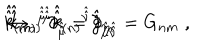
LaTeX: \hat { \hat { k } } _ { ( m ) } { } ^ { \hat { \hat { \mu } } } \partial _ { \hat { \hat { \mu } } } = \partial _ { m } \hspace { . 5 c m } \rightarrow \hspace { . 5 c m } \hat { \hat { k } } _ { ( m ) } { } ^ { \hat { \hat { \mu } } } \hat { \hat { k } } _ { ( n ) } { } ^ { \hat { \hat { \nu } } } \hat { \hat { g } } _ { \hat { \hat { \mu } } \hat { \hat { \nu } } } = G _ { n m } \; ,